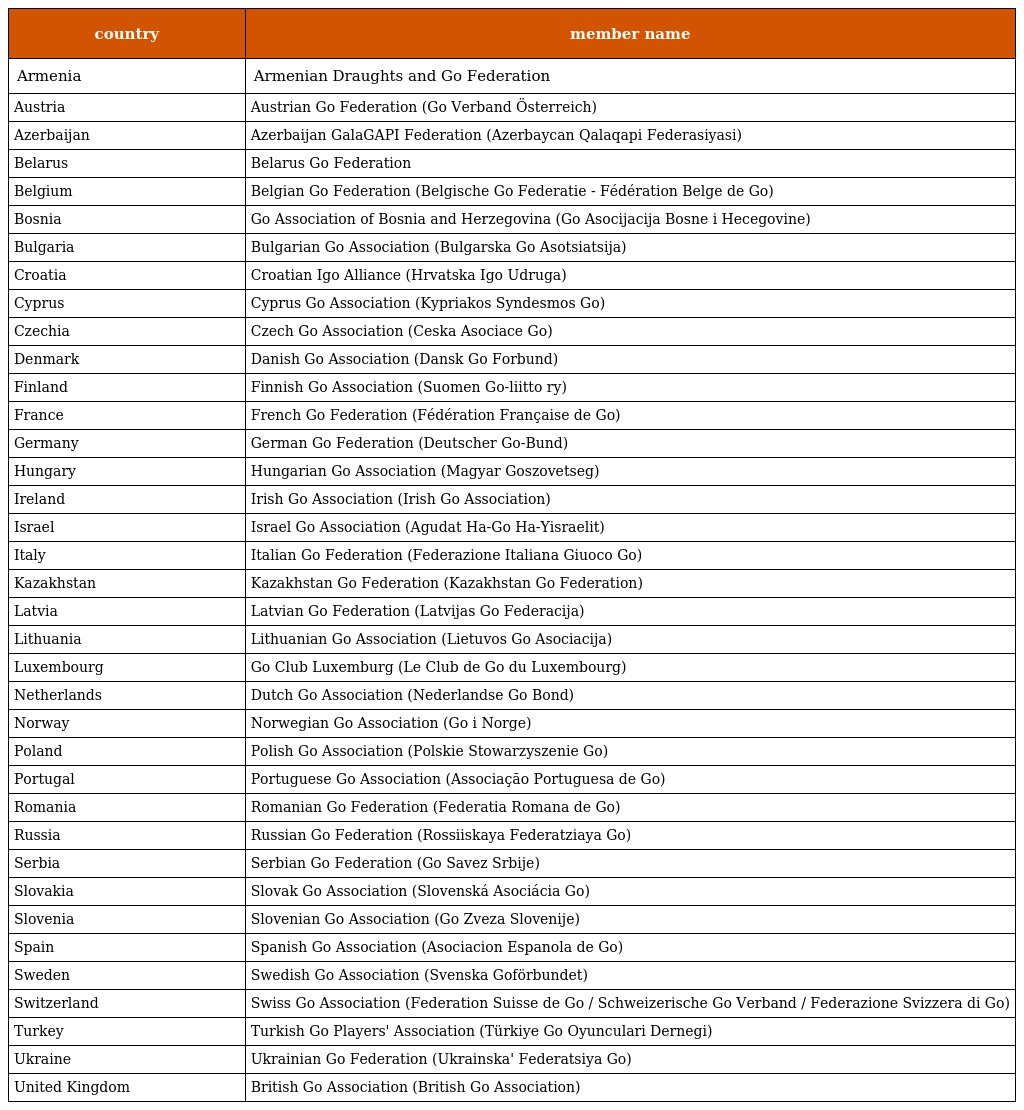
| country | member name |
 | --- | --- |
 | Armenia | Armenian Draughts and Go Federation |
 | Austria | Austrian Go Federation (Go Verband Österreich) |
 | Azerbaijan | Azerbaijan GalaGAPI Federation (Azerbaycan Qalaqapi Federasiyasi) |
 | Belarus | Belarus Go Federation |
 | Belgium | Belgian Go Federation (Belgische Go Federatie - Fédération Belge de Go) |
 | Bosnia | Go Association of Bosnia and Herzegovina (Go Asocijacija Bosne i Hecegovine) |
 | Bulgaria | Bulgarian Go Association (Bulgarska Go Asotsiatsija) |
 | Croatia | Croatian Igo Alliance (Hrvatska Igo Udruga) |
 | Cyprus | Cyprus Go Association (Kypriakos Syndesmos Go) |
 | Czechia | Czech Go Association (Ceska Asociace Go) |
 | Denmark | Danish Go Association (Dansk Go Forbund) |
 | Finland | Finnish Go Association (Suomen Go-liitto ry) |
 | France | French Go Federation (Fédération Française de Go) |
 | Germany | German Go Federation (Deutscher Go-Bund) |
 | Hungary | Hungarian Go Association (Magyar Goszovetseg) |
 | Ireland | Irish Go Association (Irish Go Association) |
 | Israel | Israel Go Association (Agudat Ha-Go Ha-Yisraelit) |
 | Italy | Italian Go Federation (Federazione Italiana Giuoco Go) |
 | Kazakhstan | Kazakhstan Go Federation (Kazakhstan Go Federation) |
 | Latvia | Latvian Go Federation (Latvijas Go Federacija) |
 | Lithuania | Lithuanian Go Association (Lietuvos Go Asociacija) |
 | Luxembourg | Go Club Luxemburg (Le Club de Go du Luxembourg) |
 | Netherlands | Dutch Go Association (Nederlandse Go Bond) |
 | Norway | Norwegian Go Association (Go i Norge) |
 | Poland | Polish Go Association (Polskie Stowarzyszenie Go) |
 | Portugal | Portuguese Go Association (Associaçăo Portuguesa de Go) |
 | Romania | Romanian Go Federation (Federatia Romana de Go) |
 | Russia | Russian Go Federation (Rossiiskaya Federatziaya Go) |
 | Serbia | Serbian Go Federation (Go Savez Srbije) |
 | Slovakia | Slovak Go Association (Slovenská Asociácia Go) |
 | Slovenia | Slovenian Go Association (Go Zveza Slovenije) |
 | Spain | Spanish Go Association (Asociacion Espanola de Go) |
 | Sweden | Swedish Go Association (Svenska Goförbundet) |
 | Switzerland | Swiss Go Association (Federation Suisse de Go / Schweizerische Go Verband / Federazione Svizzera di Go) |
 | Turkey | Turkish Go Players' Association (Türkiye Go Oyunculari Dernegi) |
 | Ukraine | Ukrainian Go Federation (Ukrainska' Federatsiya Go) |
 | United Kingdom | British Go Association (British Go Association) |